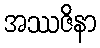
အဿဇိနာ